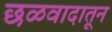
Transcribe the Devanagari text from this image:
छळवादातून